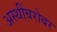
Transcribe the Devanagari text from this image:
अस्थींबरोबर